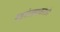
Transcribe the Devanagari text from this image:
बहूसंख्याकांशी